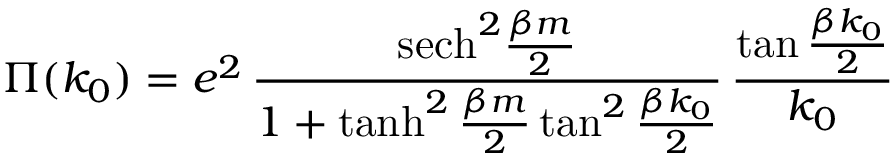
\Pi ( k _ { 0 } ) = e ^ { 2 } \, { \frac { \mathrm { s e c h } ^ { 2 } { \frac { \beta m } { 2 } } } { 1 + \operatorname { t a n h } ^ { 2 } { \frac { \beta m } { 2 } } \tan ^ { 2 } { \frac { \beta k _ { 0 } } { 2 } } } } \, { \frac { \tan { \frac { \beta k _ { 0 } } { 2 } } } { k _ { 0 } } }